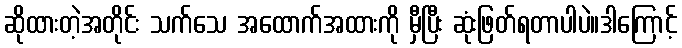
ဆိုထားတဲ့အတိုင်း သက်သေ အထောက်အထားကို မှီပြီး ဆုံးဖြတ်ရတာပါပဲ။ဒါကြောင့်